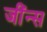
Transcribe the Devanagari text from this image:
जींन्स